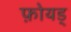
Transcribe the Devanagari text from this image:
फ़ोयड्